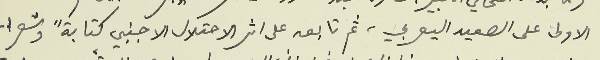
الاولى على الصعيد اليعربي، ثم تابعه على اثر الاحتلال الاجنبي كتابةً وشعرا